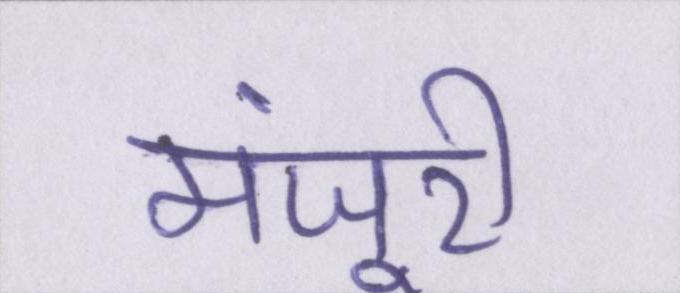
मंजूरी